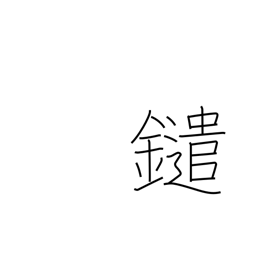
Meaning: (kokuji)